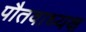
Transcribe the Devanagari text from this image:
पौतवाध्यक्ष